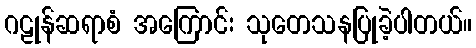
ဂဠုန်ဆရာစံ အကြောင်း သုတေသနပြုခဲ့ပါတယ်။